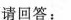
请回答：